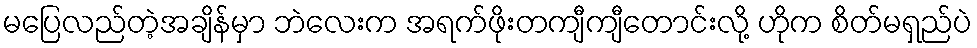
မပြေလည်တဲ့အချိန်မှာ ဘဲလေးက အရက်ဖိုးတကျီကျီတောင်းလို့ ဟိုက စိတ်မရှည်ပဲ